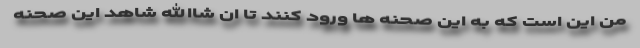
من این است که به این صحنه ها ورود کنند تا ان شاالله شاهد این صحنه